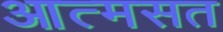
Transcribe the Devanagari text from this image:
आत्मसत